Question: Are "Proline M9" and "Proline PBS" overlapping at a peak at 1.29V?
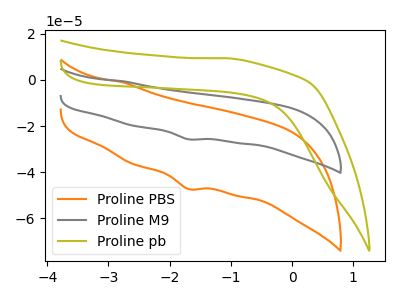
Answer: <think>The orange curve "Proline PBS" has a cathodic peak at: (-1.70V, -47.35uA). The gray curve "Proline M9" has a cathodic peak at: (-1.70V, -25.75uA). The olive curve "Proline pb" has no peaks.</think>
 <answer>No, "Proline M9" and "Proline PBS" dont share a peak at 1.29V.</answer>
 <eval>mismatch</eval>